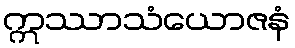
ဣဿာသံယောဇနံ